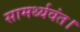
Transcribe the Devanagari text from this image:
सामर्थ्यवंत।